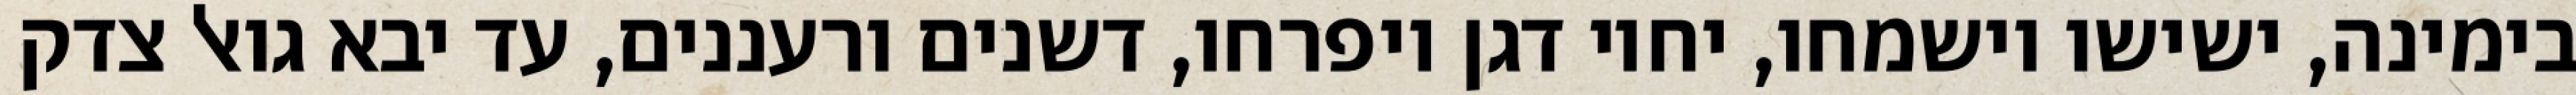
בימינה, ישישו וישמחו, יחיו דגן ויפרחו, דשנים ורעננים, עד יבא גואל צדק